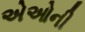
એઓની